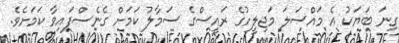
ގިނަ ބަޔަކު އެ މައްސަލަ މަޖިލީހުގެ ރައީސްގެ ސަމާލު ކަމަށް ގެނެސްފައިވާ ކަމަށެވެ.